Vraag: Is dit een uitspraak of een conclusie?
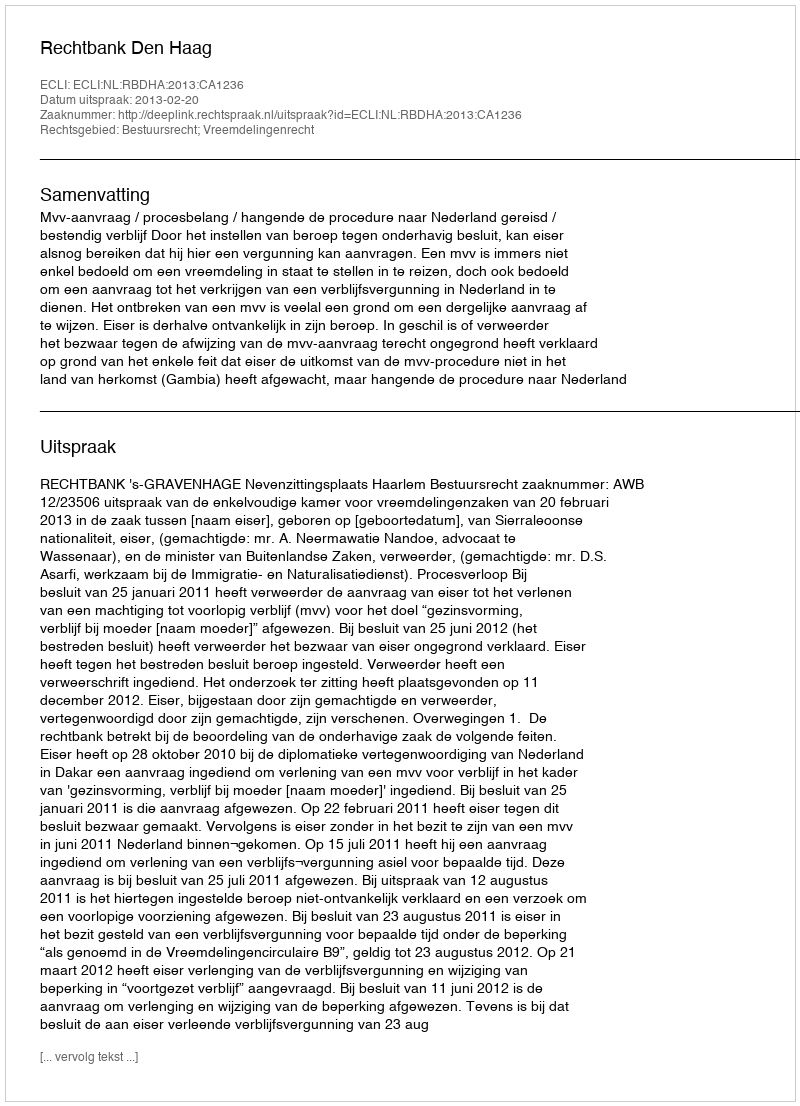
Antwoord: Uitspraak